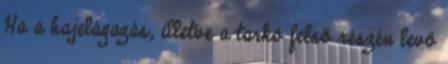
Ha a hajelágazás, illetve a tarkó felső részén levő